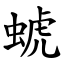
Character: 䗂